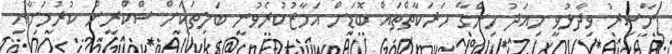
ނާސިރު ވިދާޅުވީ މިއަދު ހިންގާ ހަރަކާތްތައް ބޮޑަށް އަމާޒުކުރެވުނީ ބަލިތަކަށް ސްކްރީން ކުރުމަށާއި